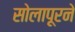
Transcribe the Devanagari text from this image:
सोलापूरने